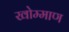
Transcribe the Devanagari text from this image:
खोम्माण